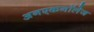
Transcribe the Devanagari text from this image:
अनएकनॉलेज